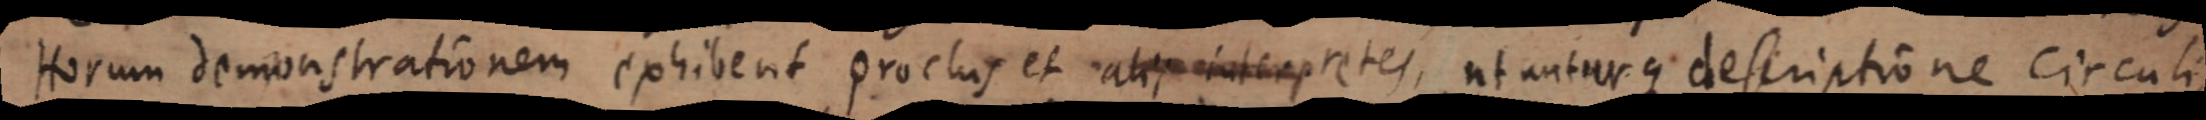
Horum demonstrationem exhibent proclus et alii interpretes, ut anturque descriptione circuli,